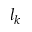
l _ { k }